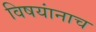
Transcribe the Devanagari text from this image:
विषयांनाच